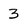
Character: 3